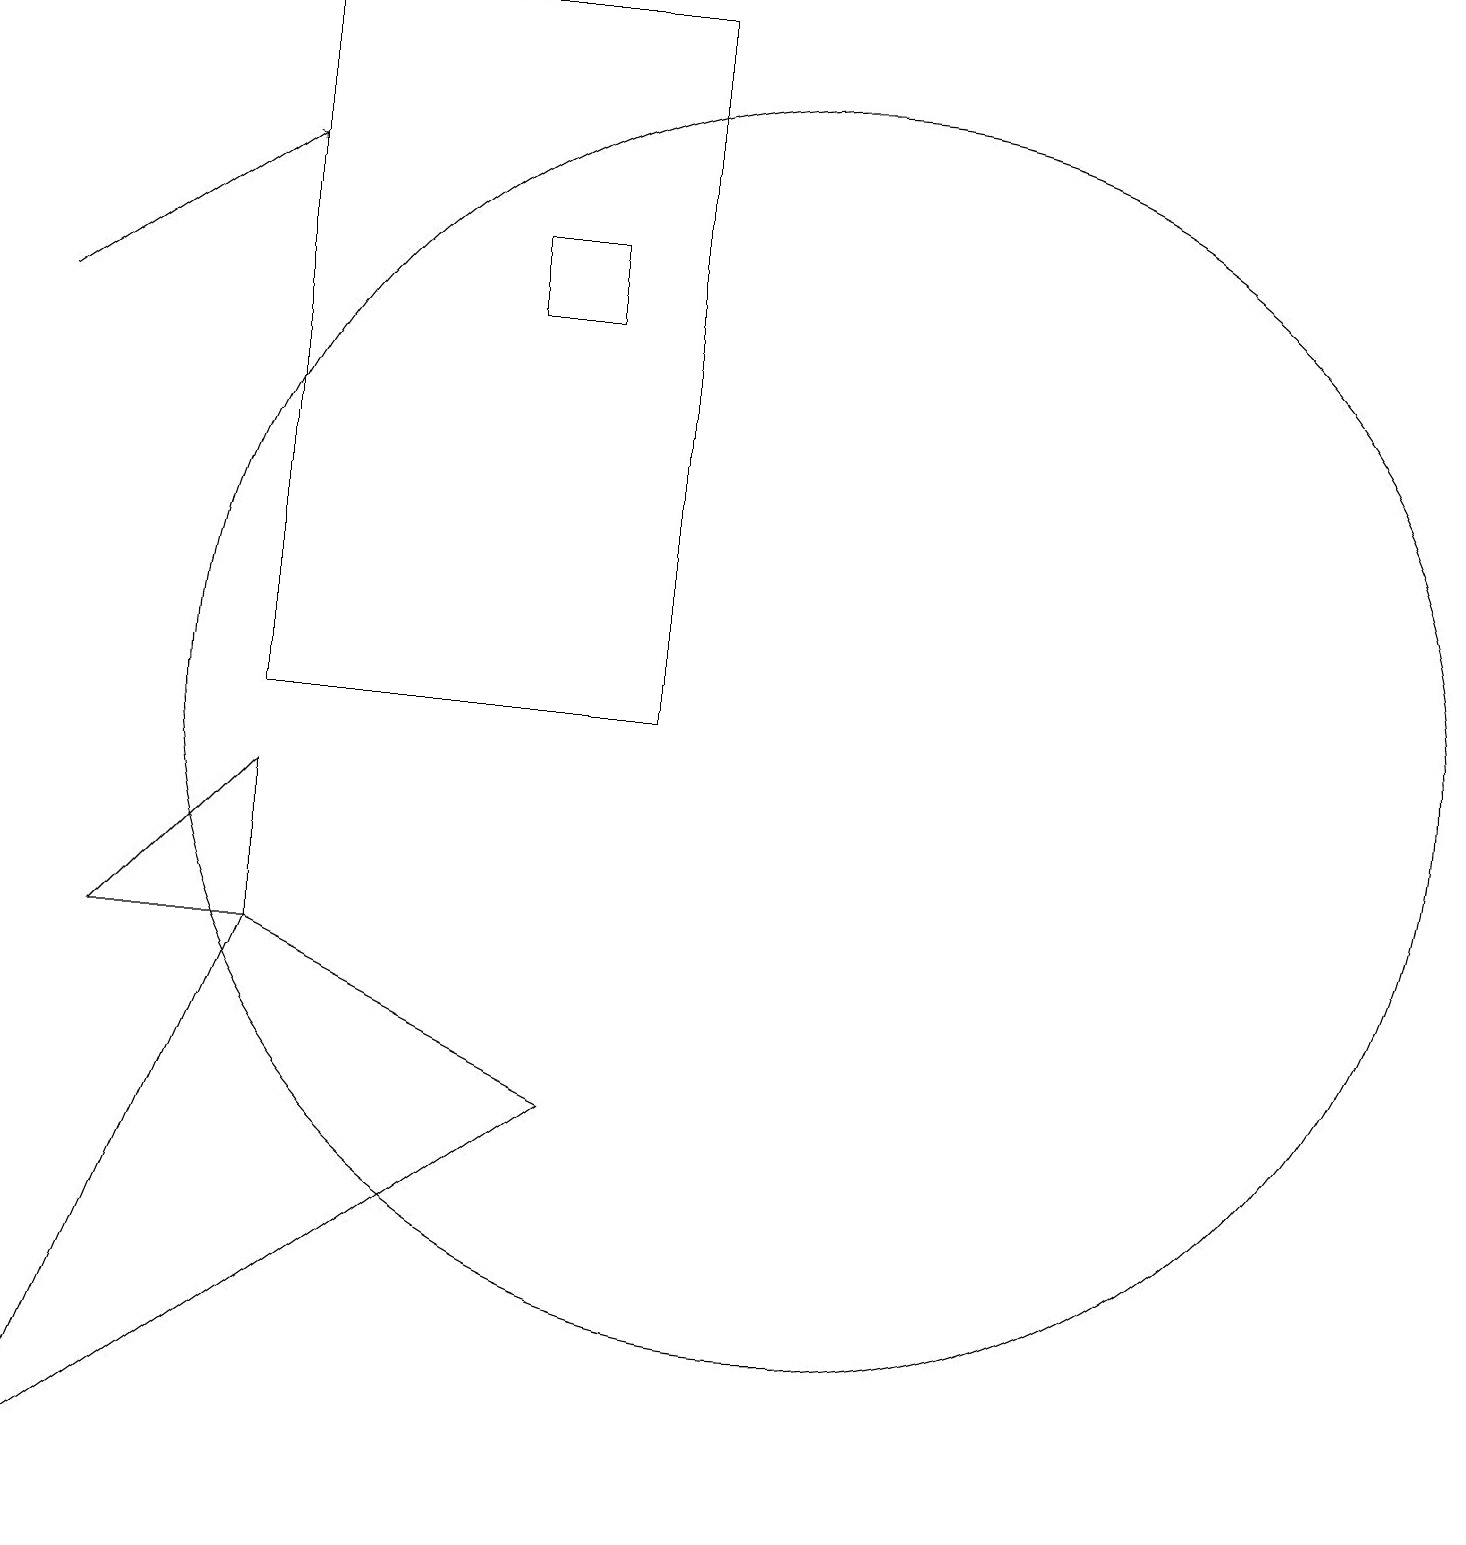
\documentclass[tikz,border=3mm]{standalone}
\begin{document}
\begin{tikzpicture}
\draw (4,19) rectangle (9,10);
\draw (7,15) rectangle (8,16);
\draw[->] (1,15) -- (4,17);
\draw (2,7) -- (4,7) -- (4,9) -- cycle;
\draw (1,0) -- (4,7) -- (8,5) -- cycle;
\draw (11,10) circle (8);
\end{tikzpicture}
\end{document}